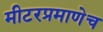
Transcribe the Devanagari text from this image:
मीटरप्रमाणेच